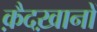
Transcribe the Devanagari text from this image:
क़ैदख़ानों